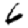
Digit: 6